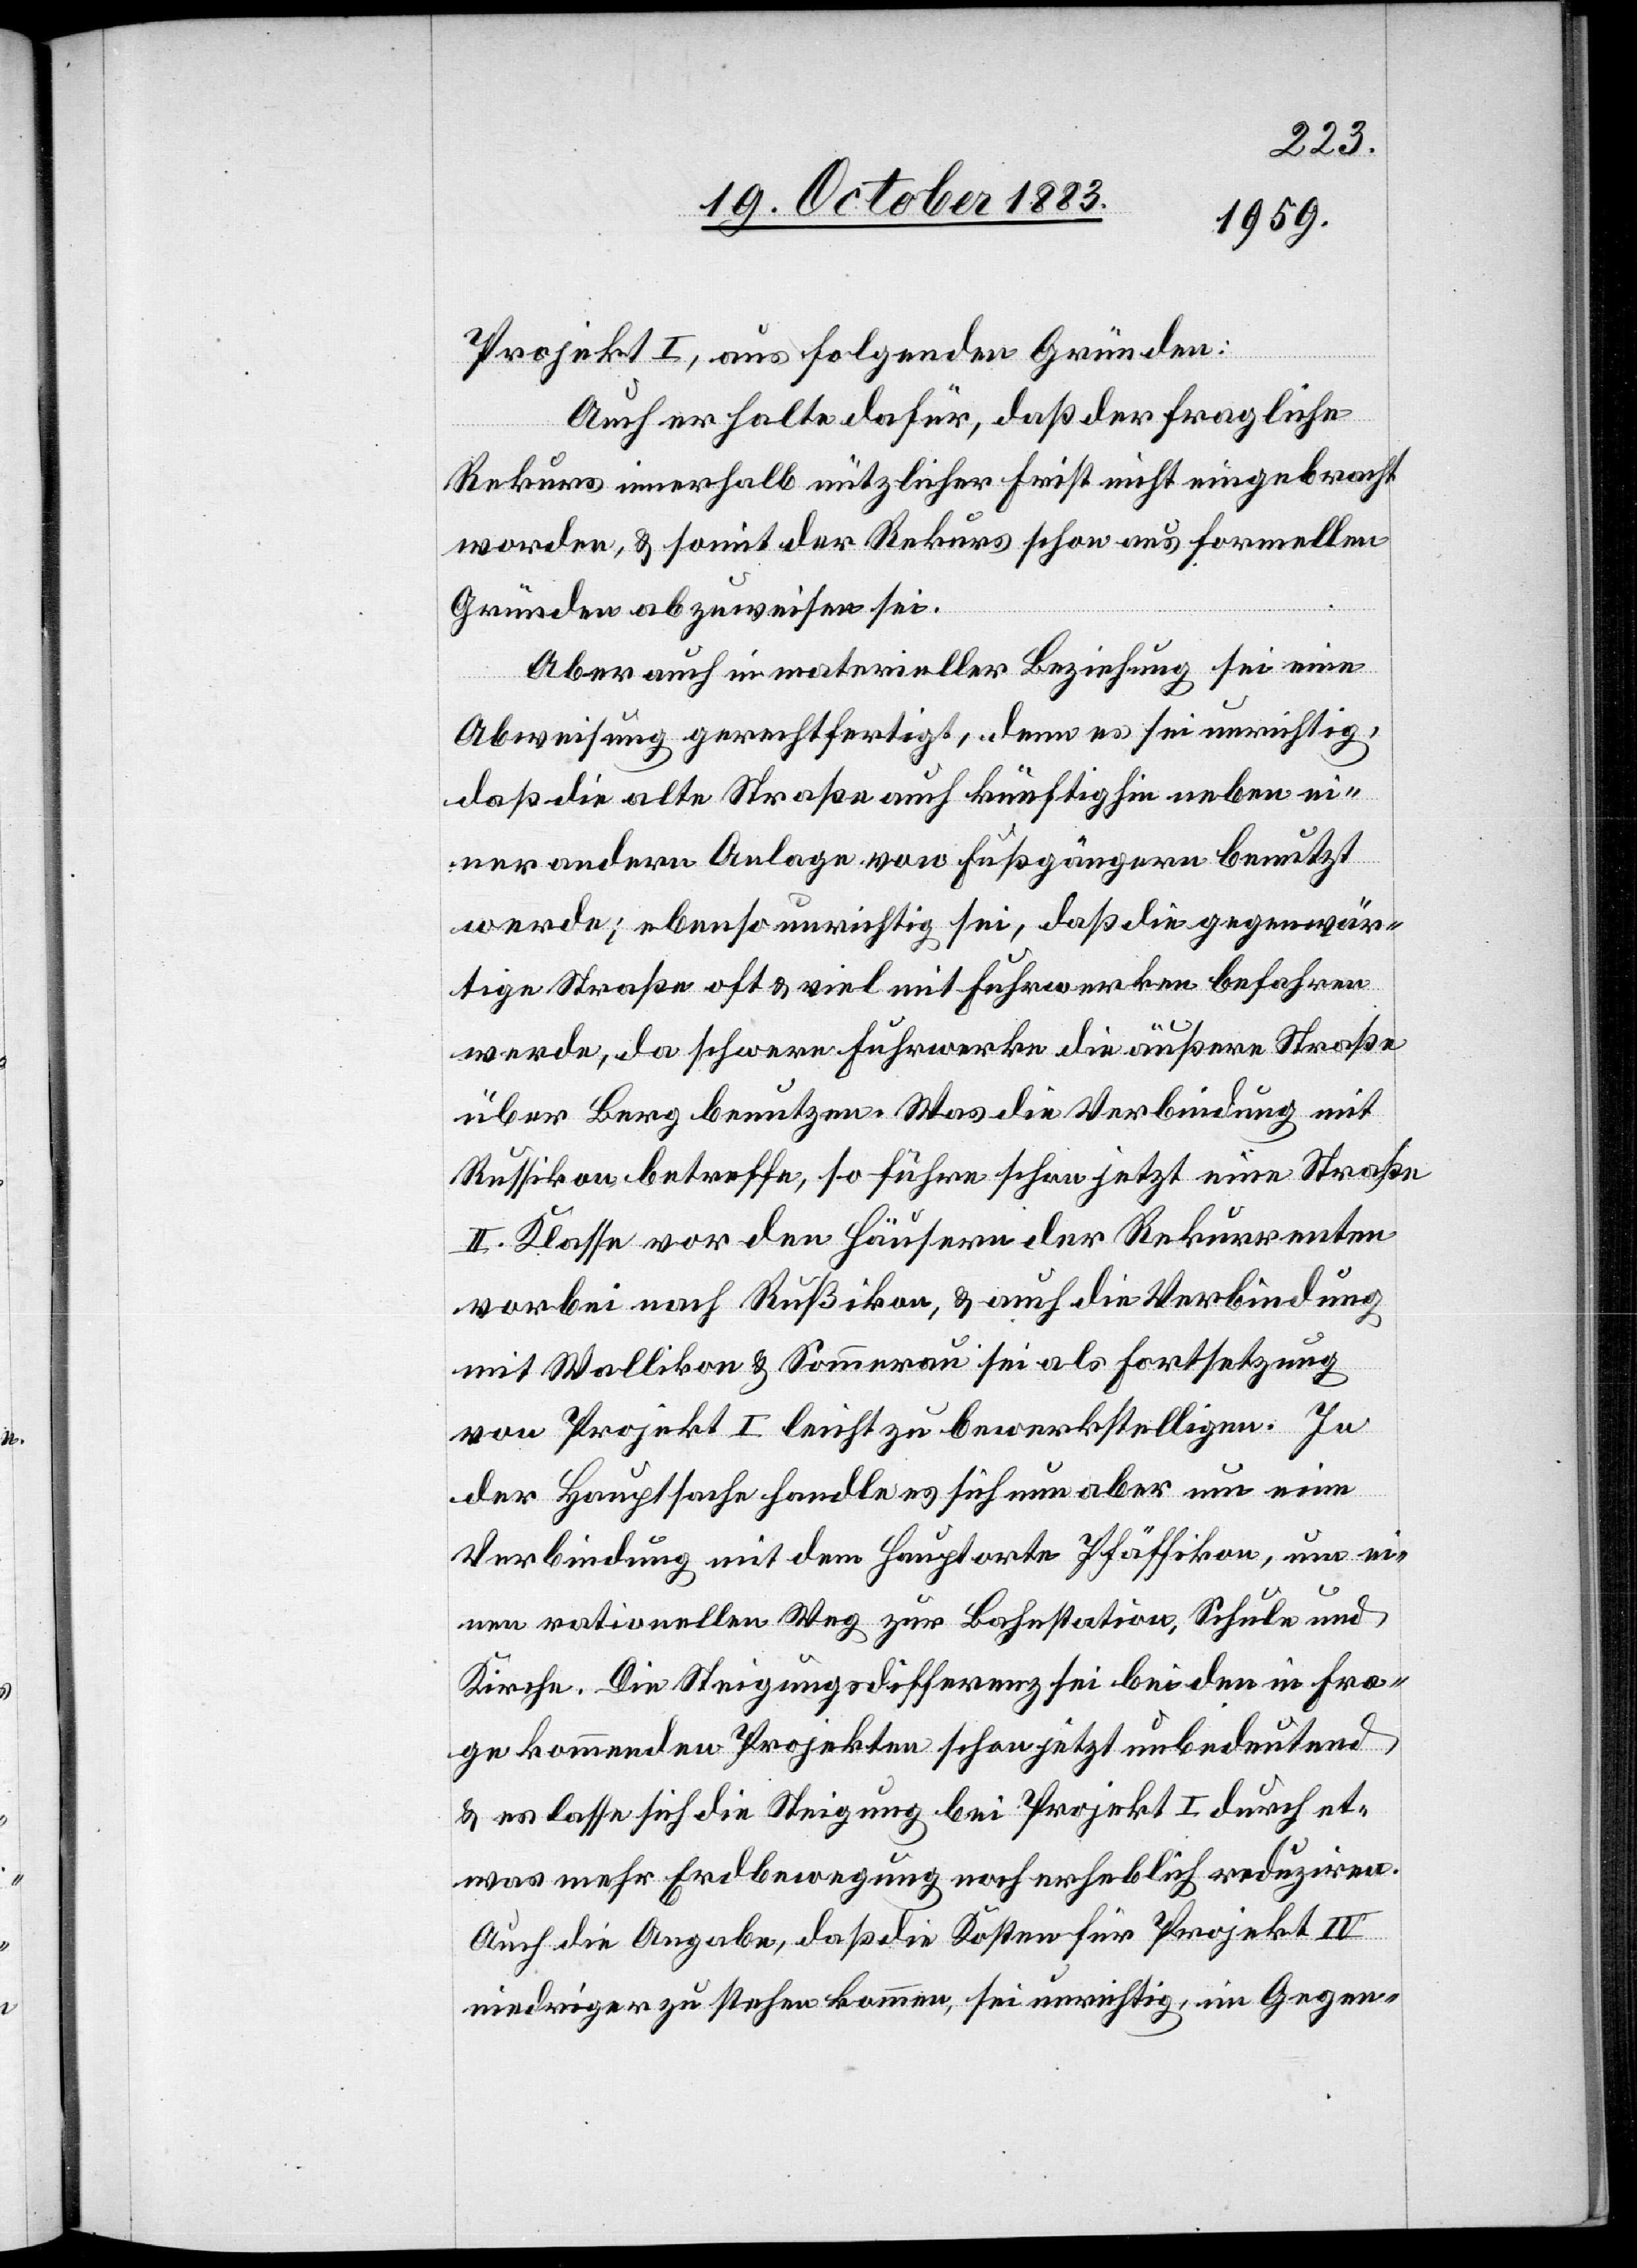
Projekt I, aus folgenden Gründen:
Auch er halte dafür, daß der fragliche
Rekurs innerhalb nützlicher Frist nicht eingebracht
worden, & somit der Rekurs schon aus formellen
Gründen abzuweisen sei.
Aber auch in materieller Beziehung sei eine
Abweisung gerechtfertigt, denn es sei unrichtig,
daß die alte Straße auch künftighin neben ei¬
ner andern Anlage von Fußgängern benutzt
werde; ebenso unrichtig sei, daß die gegenwär¬
tige Straße oft & viel mit Fuhrwerken befahren
werde, da schwere Fuhrwerke die äußere Straße
über Berg benutzen. Was die Verbindung mit
Russikon betreffe, so führe schon jetzt eine Straße
II. Klasse vor den Häusern der Rekurrenten
vorbei nach Rußikon, & auch die Verbindung
mit Wallikon & Sommerau sei als Fortsetzung
von Projekt I leicht zu bewerkstelligen. In
der Hauptsache handle es sich nun aber um eine
Verbindung mit dem Hauptorte Pfäffikon, um ei¬
nen rationellen Weg zur Bahnstation, Schule und
Kirche. Die Steigungsdifferenz sei bei den in Fra¬
ge kommenden Projekten schon jetzt unbedeutend,
& es lasse sich die Steigung bei Projekt I durch et¬
was mehr Erdbewegung noch erheblich reduziren.
Auch die Angabe, daß die Kosten für Projekt IV
niedriger zu stehen kommen, sei unrichtig, im Gegen-